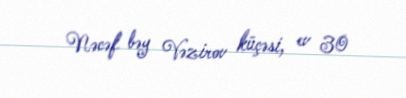
Nəcəf bəy Vəzirov küçəsi, ev 30